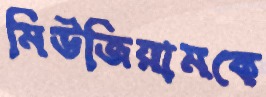
মিউজিয়ামকে